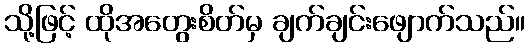
သို့ဖြင့် ထိုအတွေးစိတ်မှ ချက်ချင်းဖျောက်သည်။